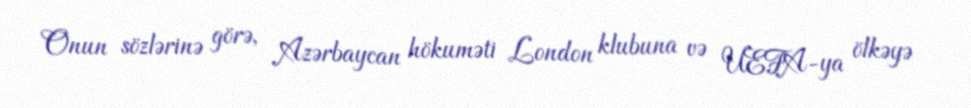
Onun sözlərinə görə, Azərbaycan hökuməti London klubuna və UEFA-ya ölkəyə